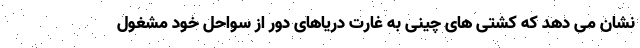
نشان می دهد که کشتی های چینی به غارت دریاهای دور از سواحل خود مشغول